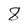
Character: 8